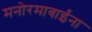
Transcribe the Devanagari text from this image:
मनोरमाबाईंना